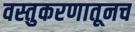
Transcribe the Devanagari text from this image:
वस्तुकरणातूनच